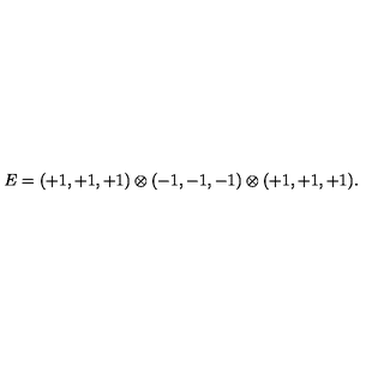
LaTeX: E = ( + 1 , + 1 , + 1 ) \otimes ( - 1 , - 1 , - 1 ) \otimes ( + 1 , + 1 , + 1 ) . \,